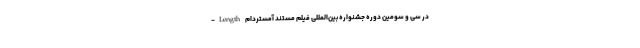
-Length در سی و سومین دوره جشنواره بین‌المللی فیلم مستند آمستردام